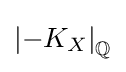
\left|-K_{X}\right|_{\mathbb {Q} }